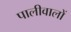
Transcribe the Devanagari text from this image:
पालीवालों